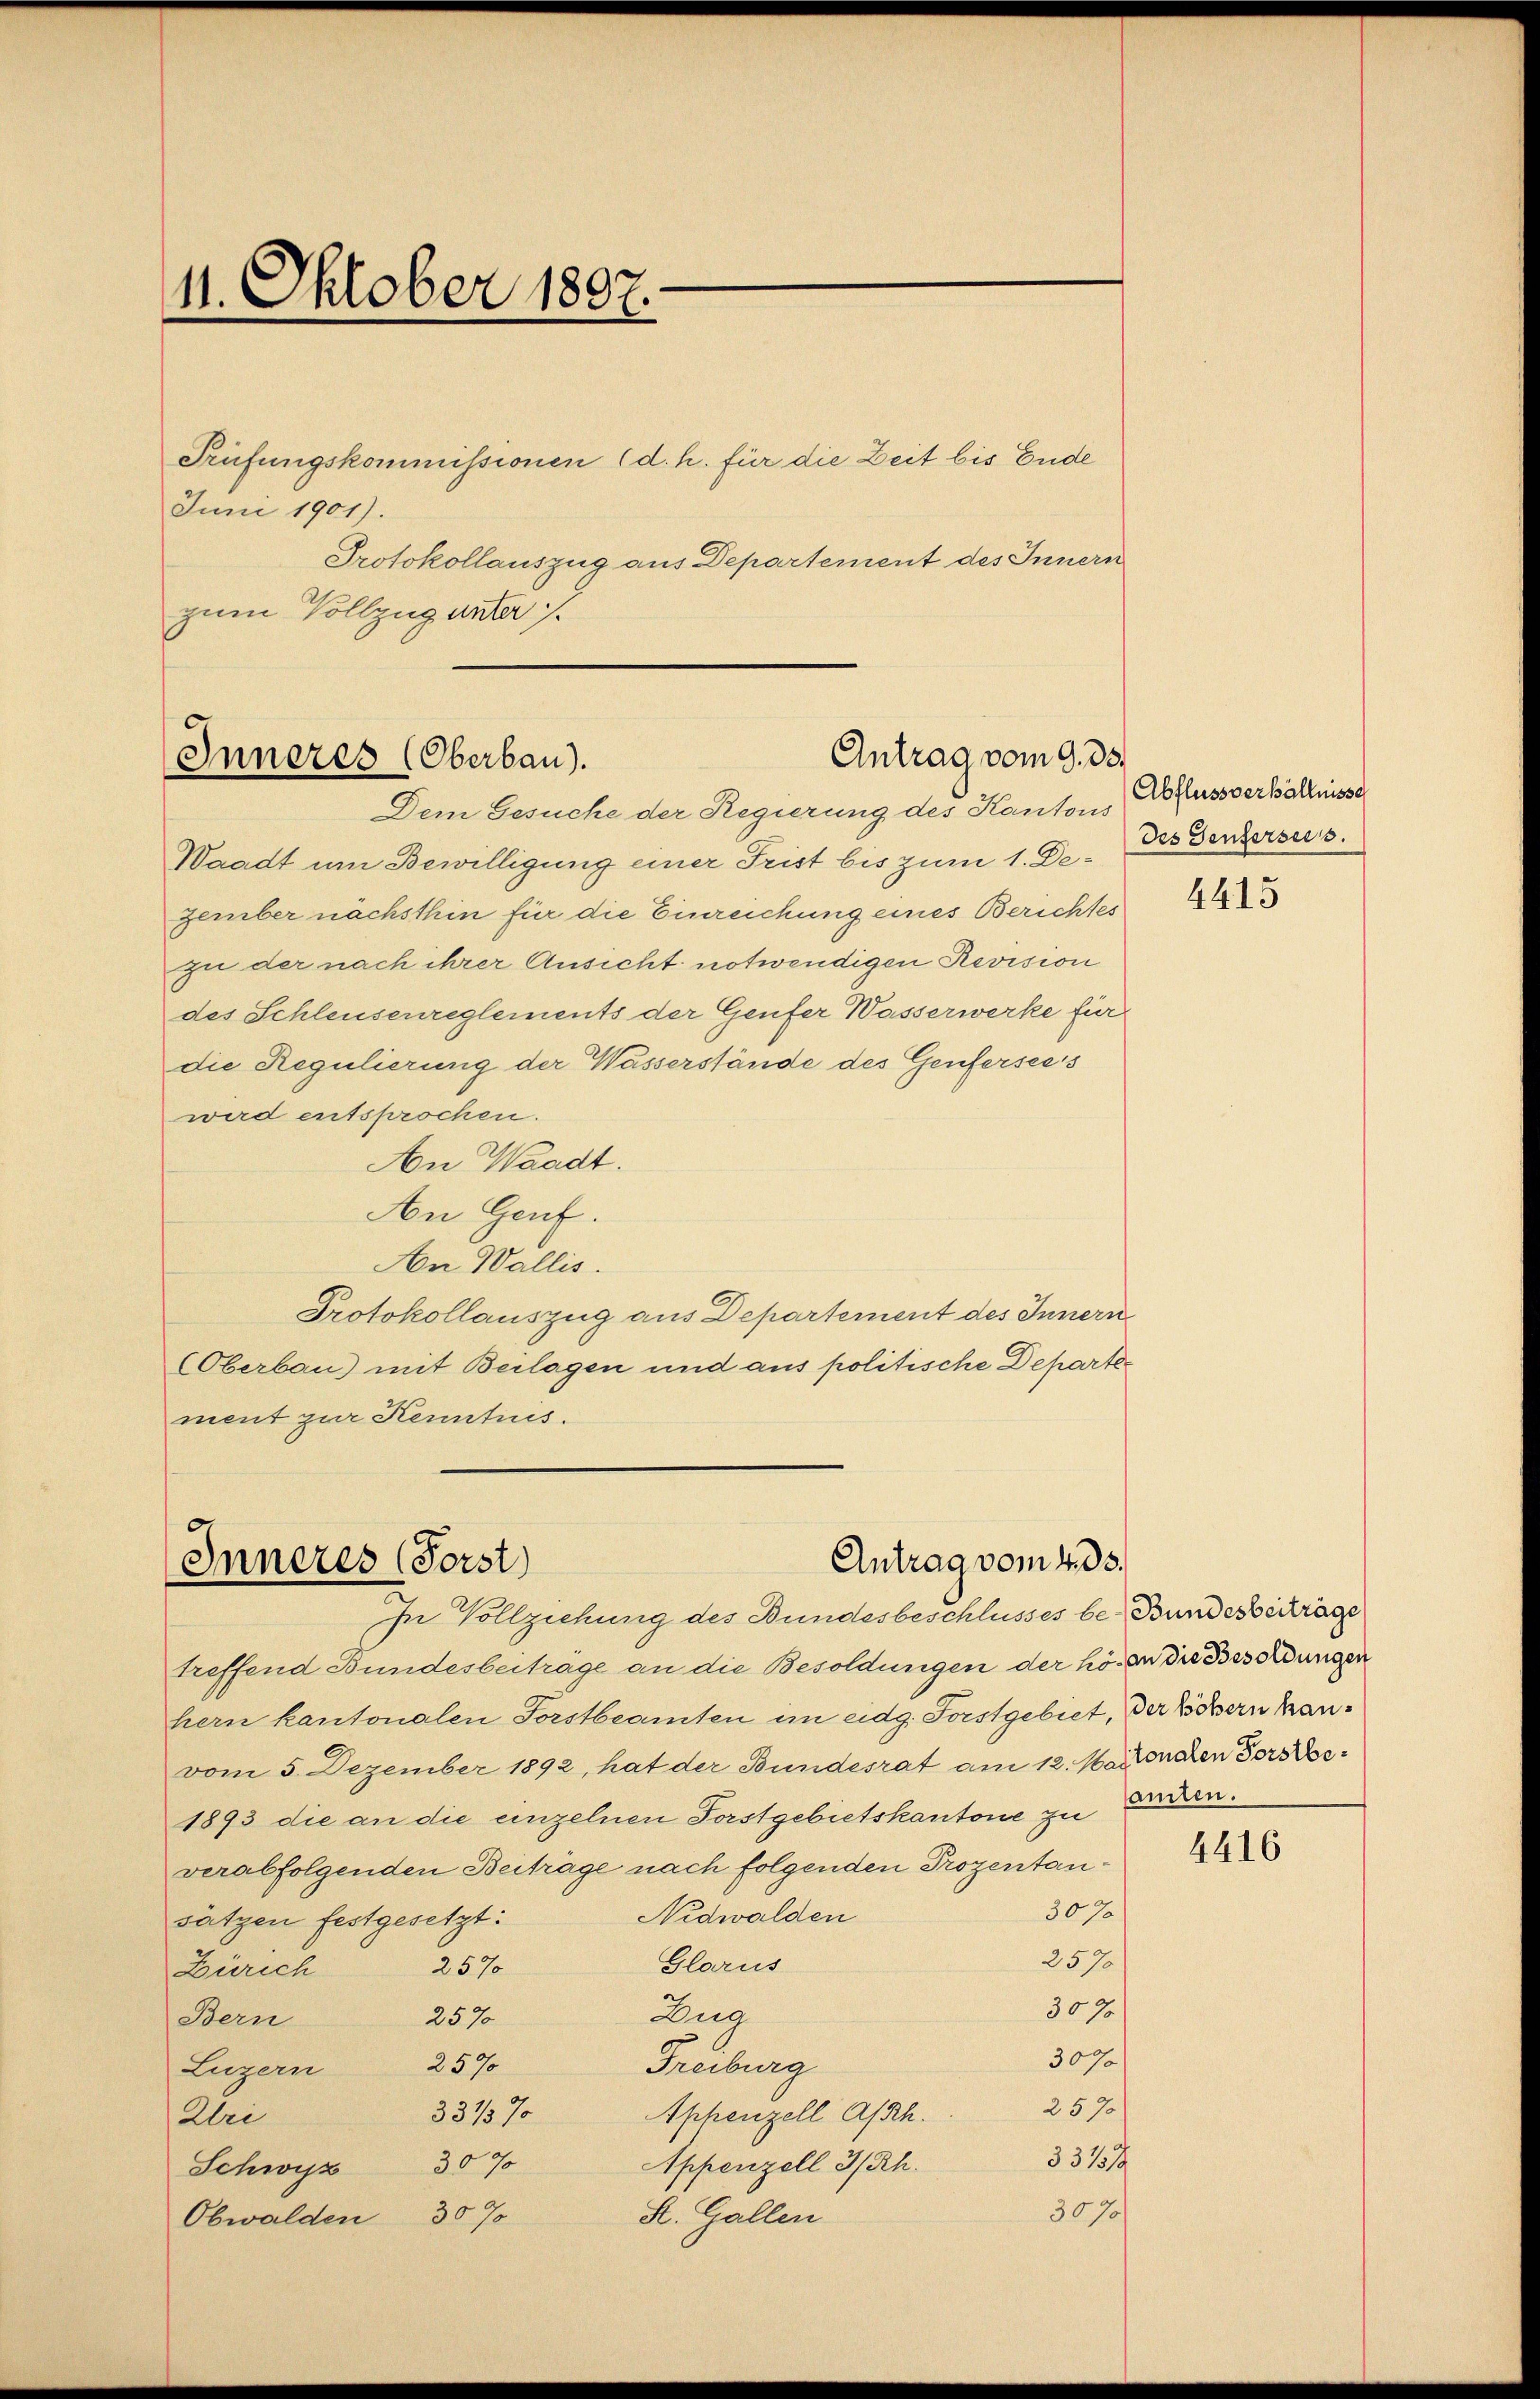
11. Oktober 1807.

Prüfungskommissionen (d. h. für die Zeit bis Ende
Juni 1901).
Protokollauszug aus Departement des Innern
zum Vollzug unter 7.

Antrag vom 9. ds.
Inneres (Oberbau).
Dem Gesuche der Regierung des Kantons

Waadt um Bewilligung einer Frist bis zum 1. De. des Genfersu
zember nächsthin für die Einreichung eines Berichtes
zu der nach ihrer Ansicht notwendigen Revision
des Schleusenreglements der Genfer Wasserwerke für
die Regulierung der Wasserstände des Genferseeis
wird entsprochen.
An Waadt.
An Genf.
An Wallis.
Protokollauszug aus Departement des Innern
(Oberbau) mit Beilagen und aus politische Departer
ment zur Kenntnis.

Antrag vom 4. ds.
Inneres (Forst)
In Vollziehung des Bundesbeschlusses be- Bundesvertrage

treffend Bundesbeiträge an die Besoldungen der hören die Besoldungen
hern kantonalen Forstbeamten im eidg. Forstgebiet, der Löchern hanvom 5. Dezember 1892, hat der Bundesrat am 12. Maionalen Forste
1893 die an die einzelnen Forstgebietskantone zu Erden.
verabfolgenden Beiträge nach folgenden Prozentan¬
307
Nidwalden
sätzen festgesetzt:
257
Glarus
257
Zürich
3070/
Zug
2576
Bern
307
257
Freiburg
Luzern
2570
331/3%
Appenzell Absch.
Klei
33157
Appenzell 3/Rh.
Schwyz 30%
3070/
H. Gallen
Obwalden 307

Abflussverhältnisse

4415

4416